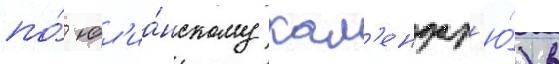
по́ юл'иа́нскому кал'ендар'ю́) в